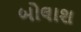
બોલાશ